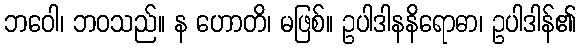
ဘဝေါ၊ ဘဝသည်။ န ဟောတိ၊ မဖြစ်။ ဥပါဒါနနိရောဓာ၊ ဥပါဒါန်၏